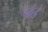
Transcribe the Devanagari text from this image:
फंडे